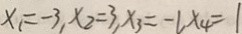
x _ { 1 } = - 3 , x _ { 2 } = 3 , x _ { 3 } = - 1 , x _ { 4 } = 1